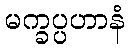
မက္ခပ္ပဟာနံ